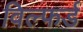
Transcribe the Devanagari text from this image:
विल्फर्ड